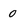
Character: 0